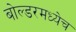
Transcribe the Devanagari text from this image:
बोल्डरमध्येच